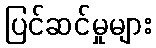
ပြင်ဆင်မှုများ